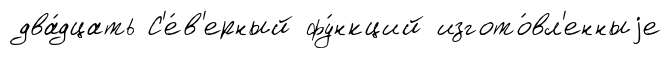
два́дцать С'е́в'ерный фу́нкций изгото́вл'енныjе